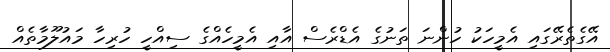
އޭގެތެރޭގައި އެމީހަކު ހުންނަ ތަނުގެ އެޑްރެސް އާއި އެމީހެއްގެ ސިއްހީ ހުރިހާ މައުލޫމާތެއް